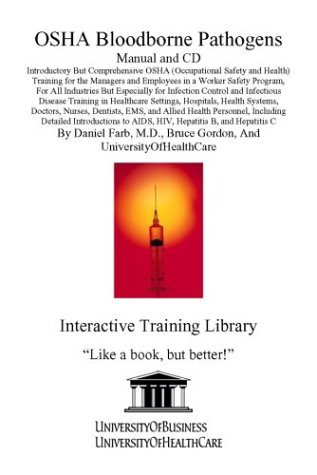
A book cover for OSHA Bloodborne Pathogens Manual and CD, Introductory But Comprehensive OSHA (Occupational Safety and Health) Training for the Managers and Employees ... to AIDS, HIV, Hepatitis B, and Hepatitis C; Daniel Farb; Health, Fitness & Dieting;